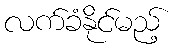
လက်ခံနိုင်မည့်